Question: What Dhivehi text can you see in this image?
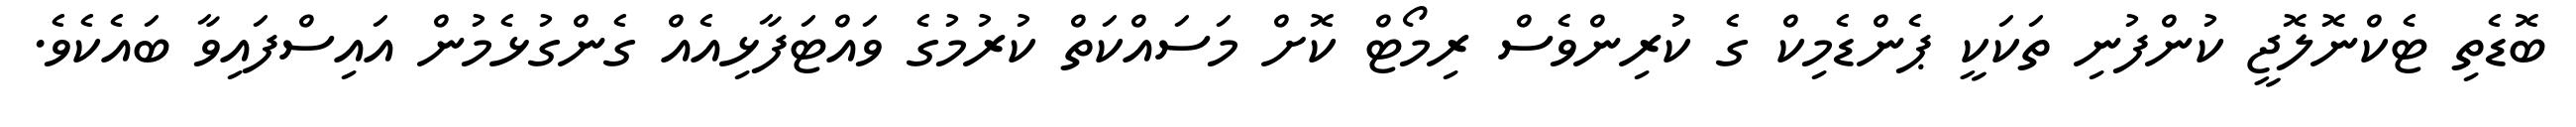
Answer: ބޮޑެތި ޓެކްނޮލޮޖީ ކުންފުނި ތަކަކީ ޕެންޑެމިކް ގެ ކުރިންވެސް ރިމޯޓް ކޮށް މަސައްކަތް ކުރުމުގެ ވައްޓަފާޅިއެއް ގެންގުޅެމުން އައިސްފައިވާ ބައެކެވެ.